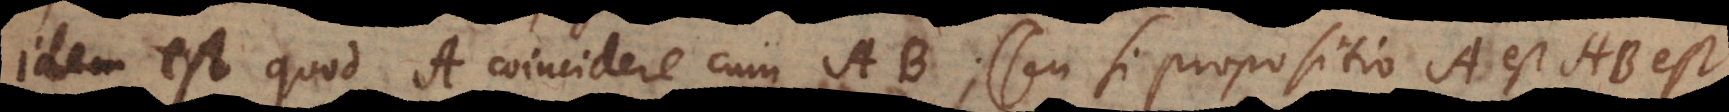
idem est quod A coincidere cum AB (seu si propositio A est AB es